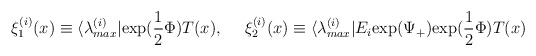
\begin{align*}\xi_1^{(i)} (x) \equiv \langle \lambda_{max}^{(i)} | {\rm exp(}\frac{1}{2} \Phi) T(x),{}~~~~\xi_2^{(i)} (x) \equiv \langle \lambda_{max}^{(i)}|E_i{\rm exp(}\Psi_+) {\rm exp(} \frac{1}{2} \Phi) T(x)\end{align*}